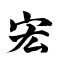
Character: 宏